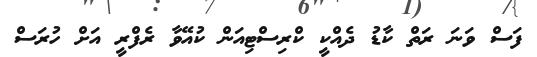
ފަސް ވަނަ ރަތް ކާޑު ދެއްކީ ކްރިސްޓިއަން ކުއޭވާ ރެފްރީ އަށް ހުރަސް